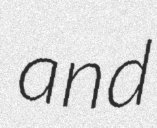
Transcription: and